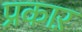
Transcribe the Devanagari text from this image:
प्रकाऱ